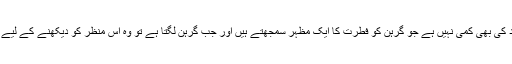
تاہم دوسری جانب ایسے افراد کی بھی کمی نہیں ہے جو گرہن کو فطرت کا ایک مظہر سمجھتے ہیں اور جب گرہن لگتا ہے تو وہ اس منظر کو دیکھنے کے لیے دور دارز کا سفر کرتے ہیں۔